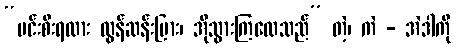
“မင်းစီးရထား လွန်ဆန်းပြား၊ အိုသွားကြလေသည်” တဲ့၊ ကဲ - အဲဒါကို